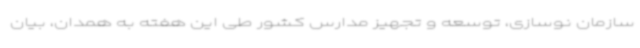
سازمان نوسازی، توسعه و تجهیز مدارس کشور طی این هفته به همدان، بیان